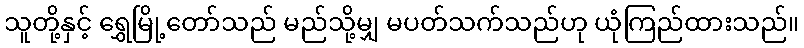
သူတို့နှင့် ရွှေမြို့တော်သည် မည်သို့မျှ မပတ်သက်သည်ဟု ယုံကြည်ထားသည်။